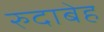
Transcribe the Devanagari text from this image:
रुदाबेह